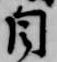
自